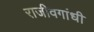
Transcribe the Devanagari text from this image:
राजीवगांधी